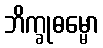
ဘိက္ခုဓမ္မော